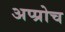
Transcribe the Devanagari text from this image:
अप्प्रोच